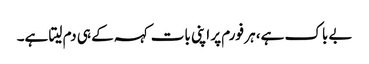
بے باک ہے، ہر فورم پر اپنی بات کہہ کے ہی دم لیتا ہے۔